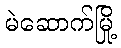
မဲဆောက်မြို့